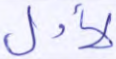
لأول